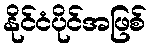
နိုင်ငံပိုင်အဖြစ်